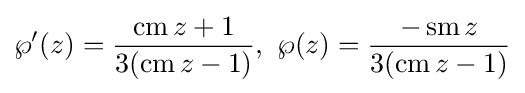
\wp '(z)={\frac {\operatorname {cm} z+1}{3(\operatorname {cm} z-1)}},\ \wp (z)={\frac {-\operatorname {sm} z}{3(\operatorname {cm} z-1)}}